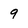
Character: 9